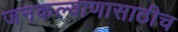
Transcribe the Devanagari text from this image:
जनकल्याणासाठीच